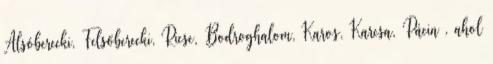
Alsóberecki, Felsőberecki, Ricse, Bodroghalom, Karos, Karcsa, Pácin , ahol